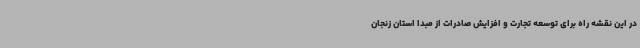
در این نقشه راه برای توسعه تجارت و افزایش صادرات از مبدا استان زنجان